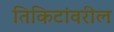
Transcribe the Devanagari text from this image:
तिकिटांवरील